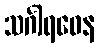
သင်္ဂါရဝေန